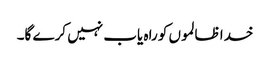
خدا ظالموں کو راہ یاب نہیں کرے گا۔